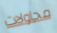
محاولات